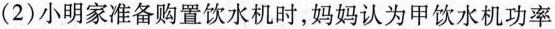
(2)小明家准备购置饮水机时，妈妈认为甲饮水机功率